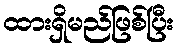
ထားရှိမည်ဖြစ်ပြီး